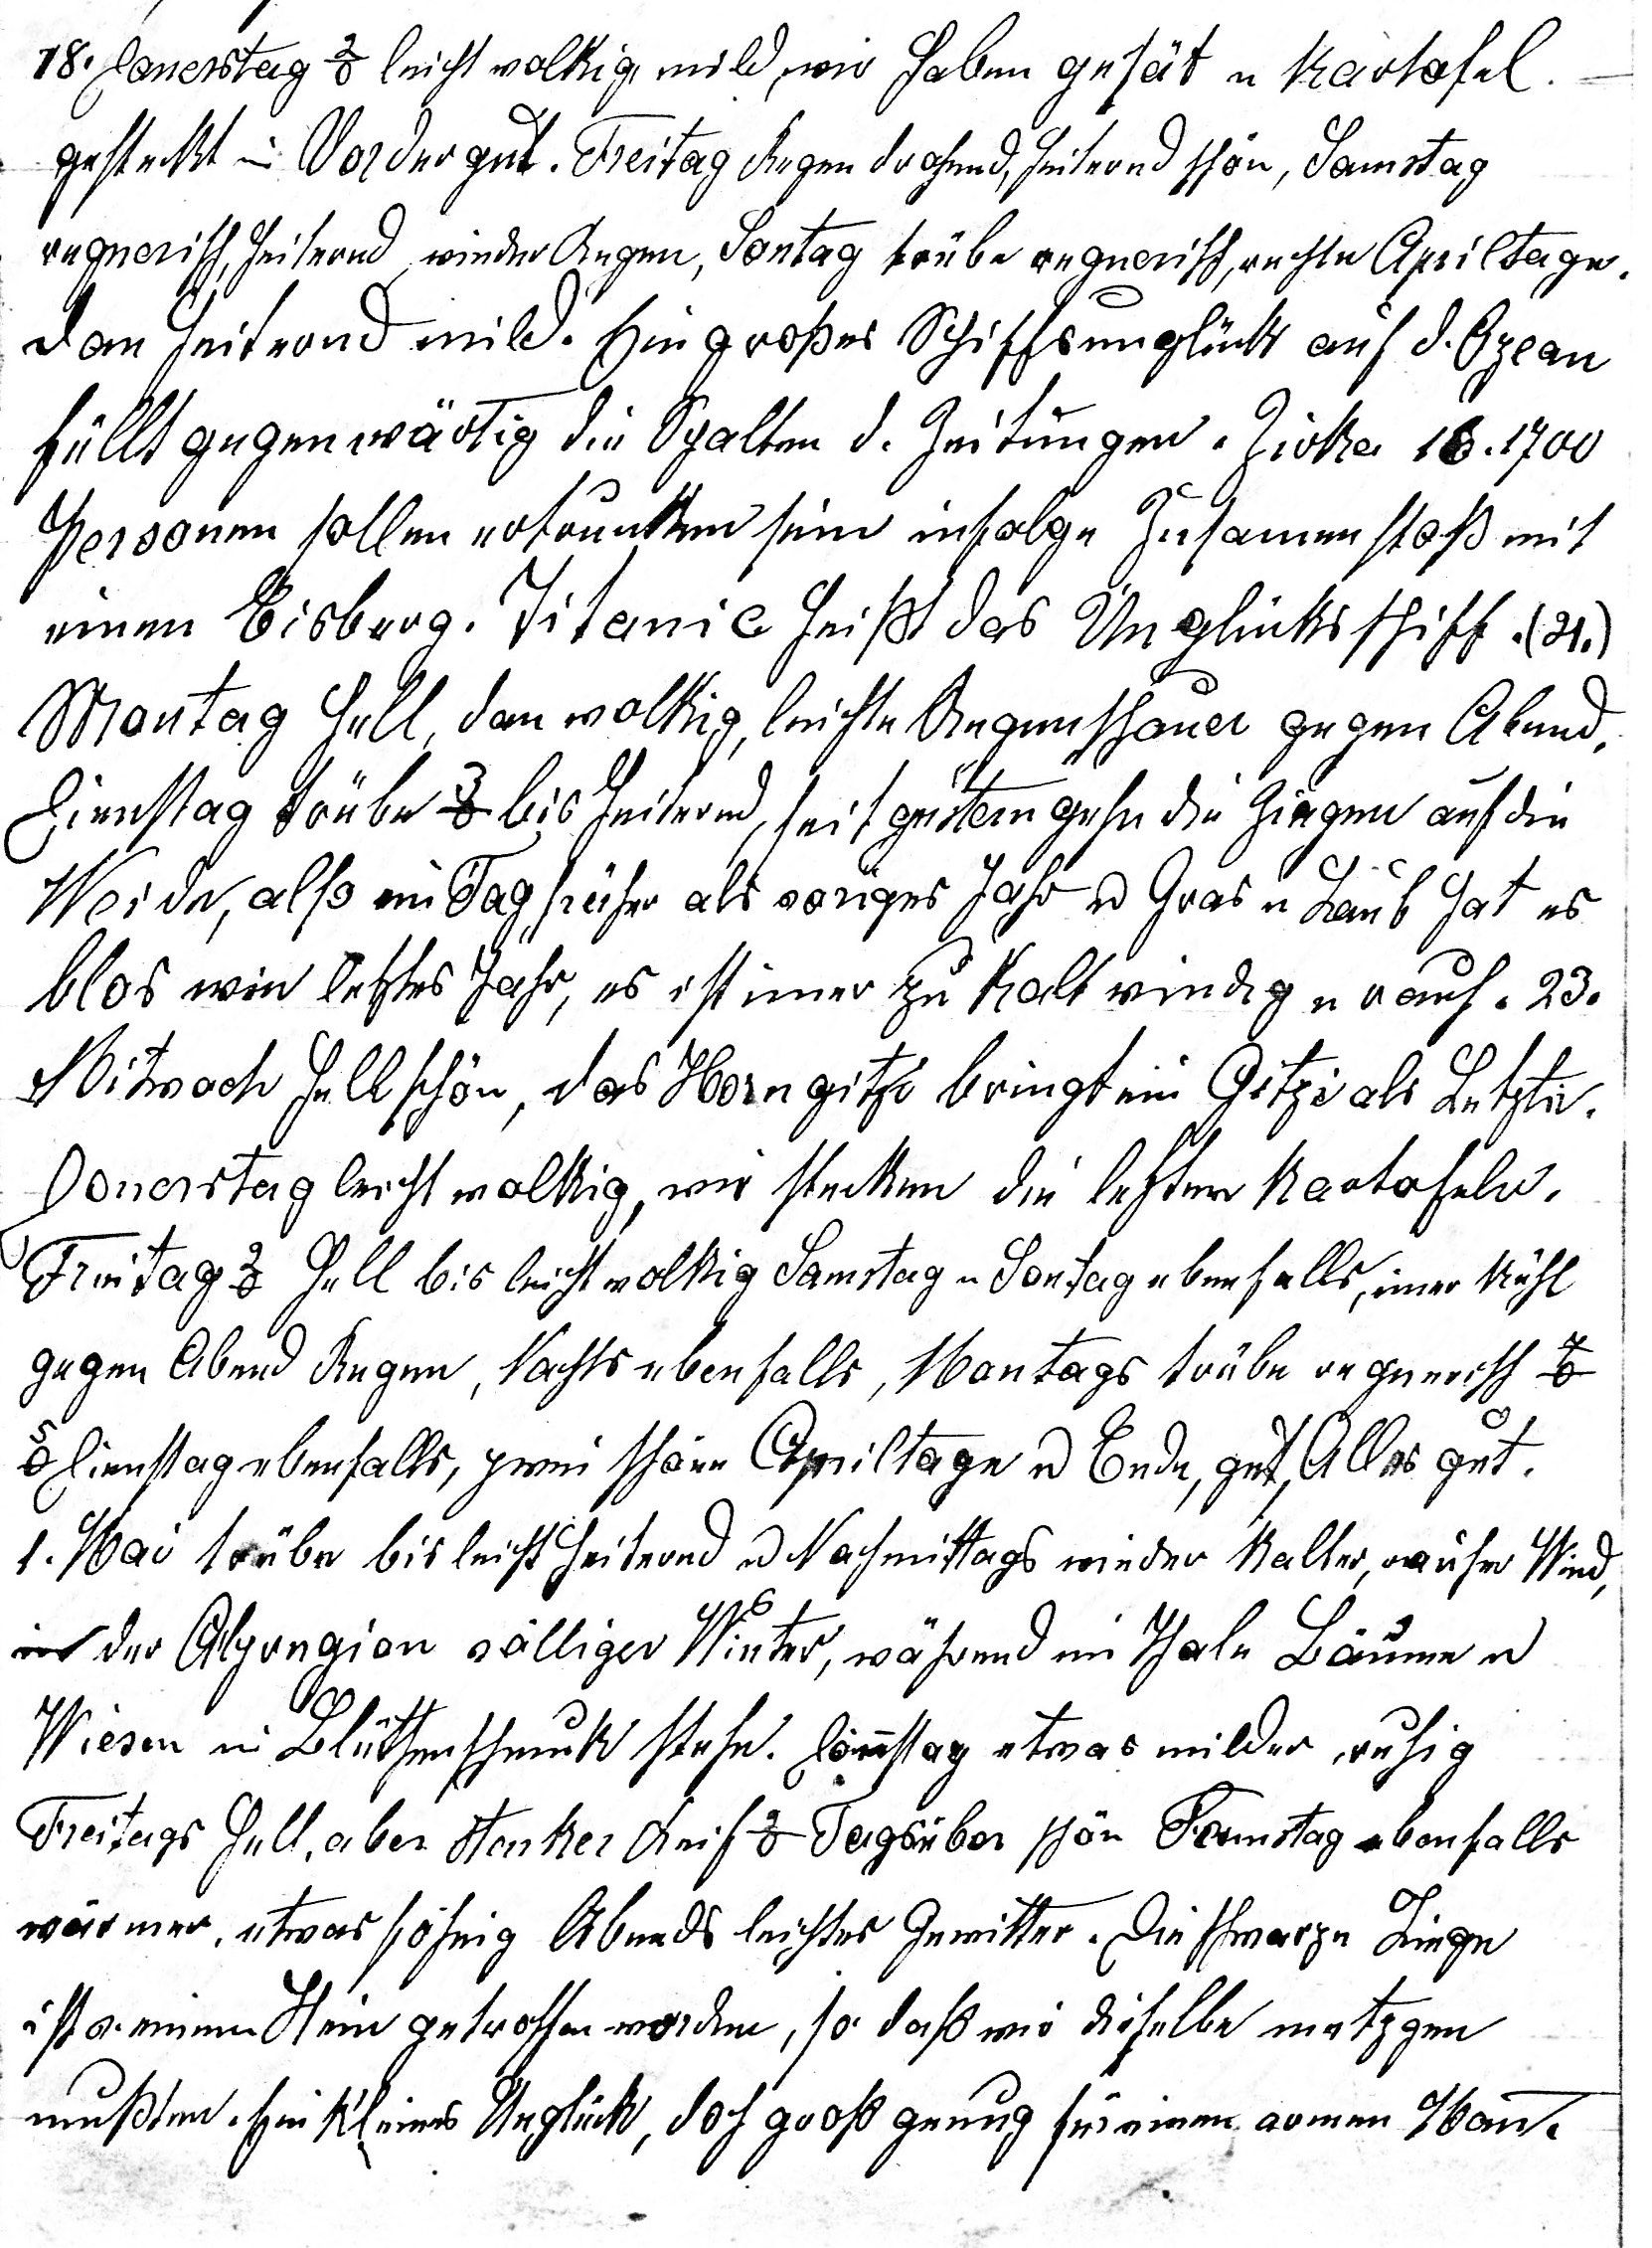
18. Donestag 2o leicht wolkig mild, wir haben gesät u Kartofel
gesteckt im Vordergut. Freitag Regen drohend, heiternd  schön, Samstag
regnerisch, heiternd wieder Regen, Sontag trübe regnerisch, rechte Apriltage,
dan heiternd mild. Ein grosses Schifssunglück auf d. Ozean
füllt gegenwärtig die Spalten d. Zeitungen. Zirka (16.) 1700
Personen sollen ertrunken sein infolge Zusammenstoss mit
einem Eisberg. Titanic heisst das Unglücksschiff. (21.)
Montag hell, dan wolkig, leichte Regen¬schauer gegen Abend.
Dienstag trübe 3o bis heiternd, seit gestern gehen die Ziegen auf die
Weide, also ein Tag früher als voriges Jahr u Laub u Gras hat es
blos wie letztes Jahr, es ist immer zu kalt windig u rauh. 23.)
Mitwoch hell schön, das Horngitzi bringt ein Gitzi als Letzte.
Donerstag leicht wolkig, wir stecken die letzten Kartofeln.
Freitag 2o hell bis leicht wolkig Samstag u Sontag ebenfalls, immer kühl
gegen Abend Regen, Nachts ebenfalls, Montags trübe regnerisch 7o.
5o Dienstag ebenfalls, zwei schöne Apriltage  u Ende, gut Alles gut.
1. Mai trübe bis leicht heiternd u Nach¬mittags wieder kalter, rauher Wind,
in der Alpregion völliger Winter, während im Thale Bäume u
Wiesen im Blüthenschmuck stehn. Donnstag etwas milder, ruhig
Freitags hell, aber starker Reif 9o Tagsüber schön ebenfalls
wärmer, etwas föhnig Abends leichtes Gewitter. Die schwarze Ziege
ist v. einem Stein getroffen worden, so dass wir dieselbe metzgen
mussten. Ein kleines Unglück, doch gross genug für einen armen Mann.